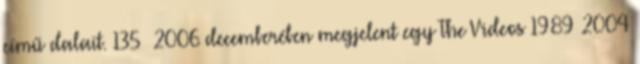
című dalait. 135 2006 decemberében megjelent egy The Videos 1989–2004